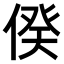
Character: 𠊾